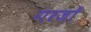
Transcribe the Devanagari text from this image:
गरजों